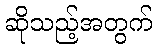
ဆိုသည့်အတွက်